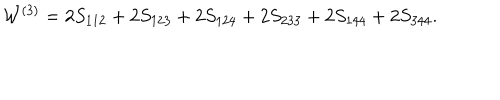
{ \cal W } ^ { ( 3 ) } = 2 S _ { 1 1 2 } + 2 S _ { 1 2 3 } + 2 S _ { 1 2 4 } + 2 S _ { 2 3 3 } + 2 S _ { 1 4 4 } + 2 S _ { 3 4 4 } .